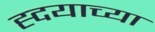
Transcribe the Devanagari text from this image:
ह्दयाच्या